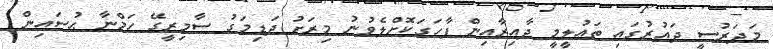
މަދަރުސީ ދައުރުގައި ތަޢުލީމީ ދާއިރާއިން ފާހަގަކޮށްލެވުނު މިރަށު ދަޑިމަގު ސާމިރީގޭ ހަމްނާ ޙުސައިން